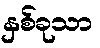
နှစ်ခုသာ